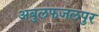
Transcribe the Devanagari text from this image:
अबुलफजलपुर